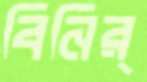
বিনির্